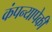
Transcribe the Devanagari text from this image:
कंपन्यापेकी